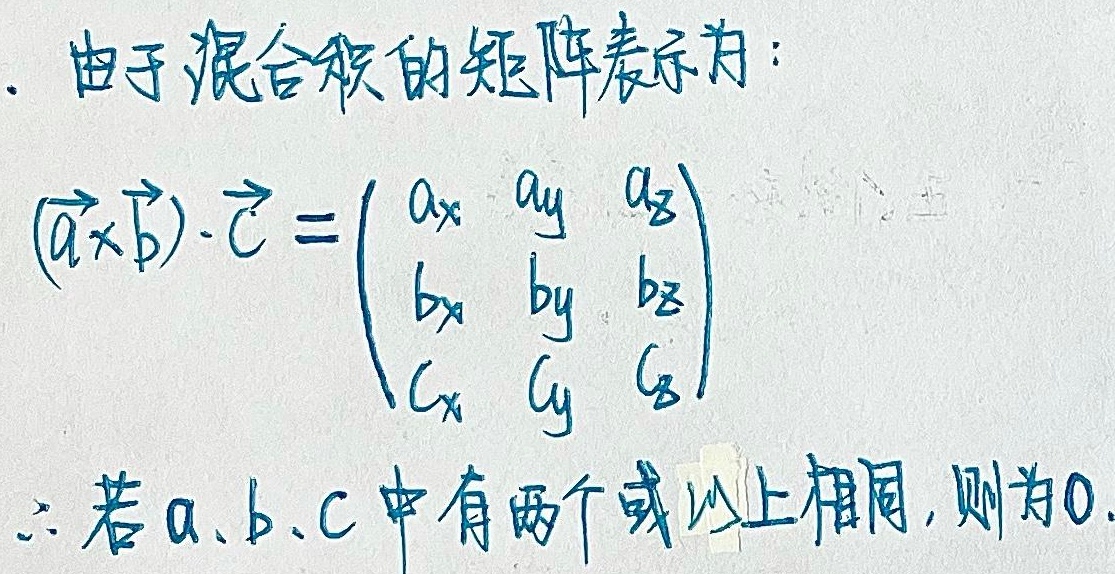
由于混合积的矩阵表示为：
\[
(\vec{a}\times\vec{b})\cdot\vec{c}=\begin{vmatrix}
a_{x} & a_{y} & a_{z} \\
b_{x} & b_{y} & b_{z} \\
c_{x} & c_{y} & c_{z}
\end{vmatrix}
\]
\(\therefore\) 若\(a、b、c\)中有两个或以上相同，则为\(0\)。